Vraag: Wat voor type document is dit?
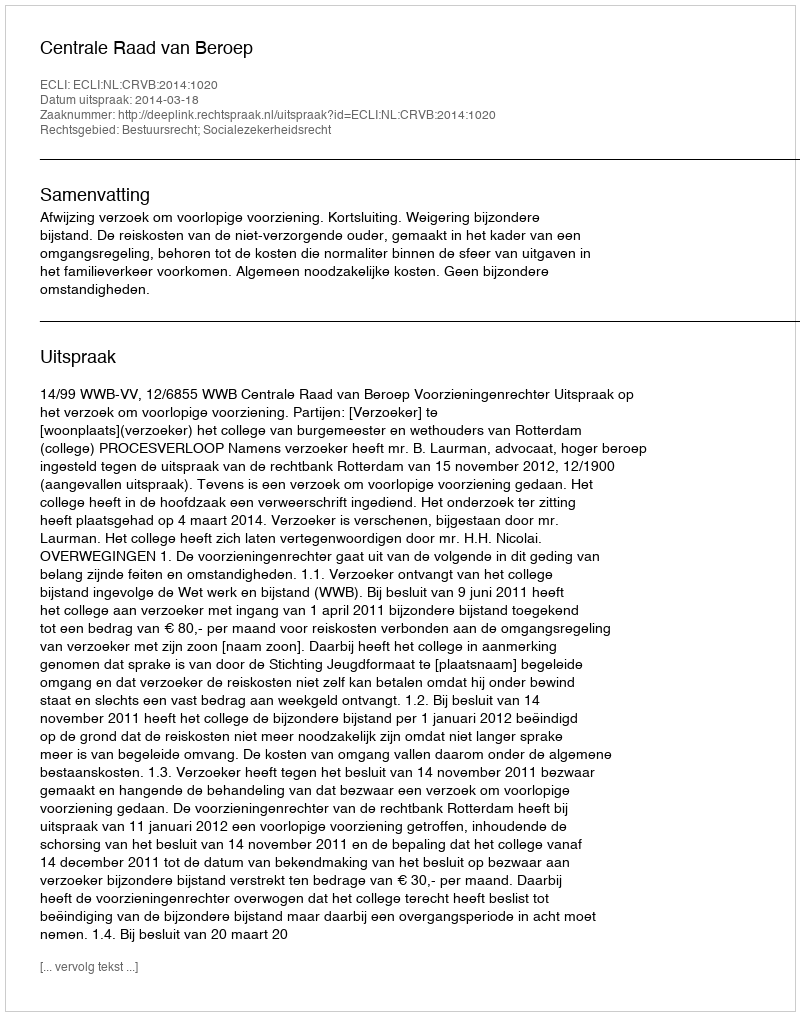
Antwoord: Uitspraak